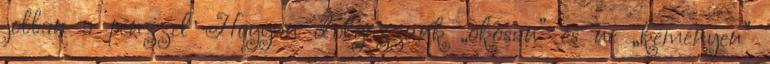
jobban a pénzzel Hogyan dolgozzunk „okosan” és ne „keményen”